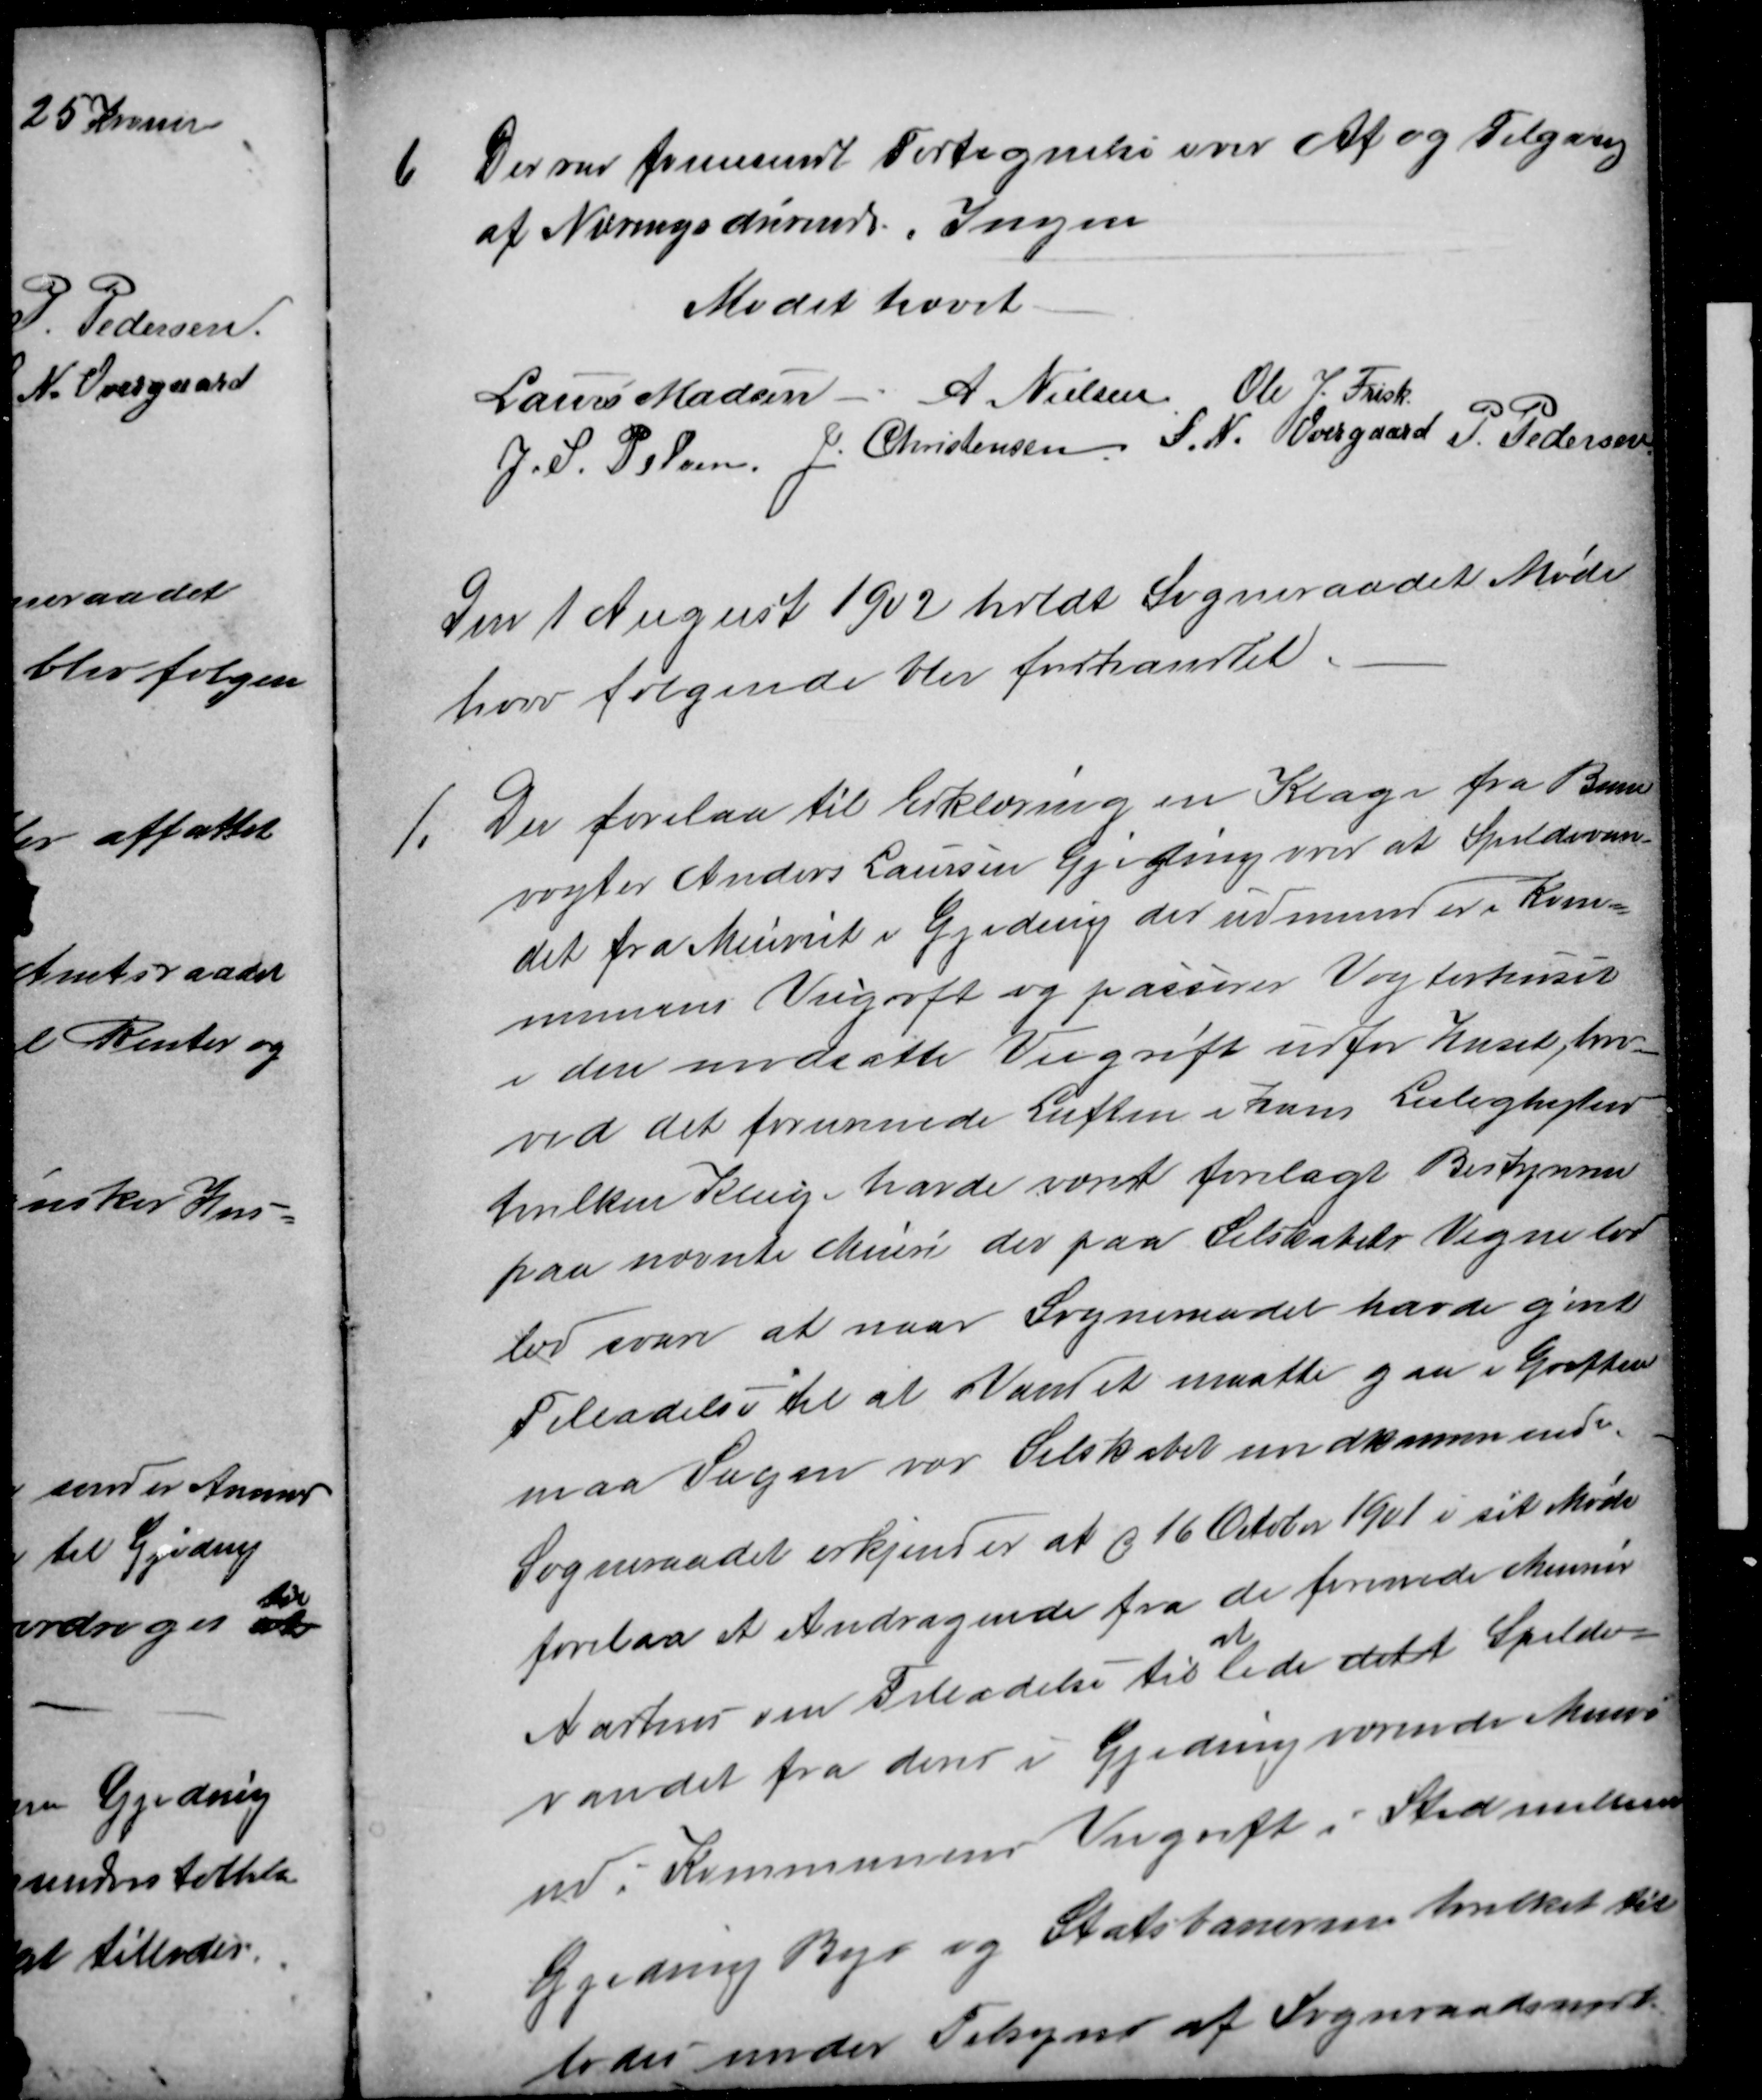
Transskription:
6
Der var fremsendt Fortegnelse over Af og Tilgang
af Næringsdrivende. Ingen
Mødet hævet
Laurs Madsen A. Nielsen Ole J. Frisk
J. S. Pelsen J. Christensen S. N. Overgaard P. Pedersen
Den 1 August 1902 holdt Sogneraadet Møde
hvor følgende blev forhandlet.
1-
Der forelaa til Erklæring en Klage fra Bane
vogter Anders Laursen Gjeding over at Spildevan-
det fra Meieriet i Gjeding der udmunder i Kom-
munens Veigrøft og passerer Vogterhuset
i den modsatte Veigrøft udfor huset, hvor-
ved det forurenede Luften i hans Leiligheden
hvilken Klage havde været forelagt Bestyreren
paa nævnte Meieri der paa Selskabets Vegne lod
lov svare at naar Sogneraadet havde givet
Tilladelse til at Vandet maatte gaa i Grøften
maa Sagen vær Selskabet uvedkommende
Sogneraadet erkjener at d 16 October 1901 i sit Møde
forelaa et Andragende fra de forenede Meierier
Aarhus om Tilladelse til
at
lede dett Spilde-
vandet fra deres i Gjeding værende Meieri
ud i Kommunens Veigrøft i Sted mellem
Greding By og Statsbanerne hvilket til
lodes under Tilsyn af Sogneraadsmedlem